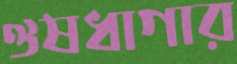
ঔষধাগার